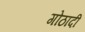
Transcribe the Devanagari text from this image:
गोठादी